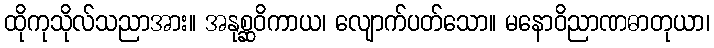
ထိုကုသိုလ်သညာအား။ အနုစ္ဆဝိကာယ၊ လျောက်ပတ်သော။ မနောဝိညာဏဓာတုယာ၊